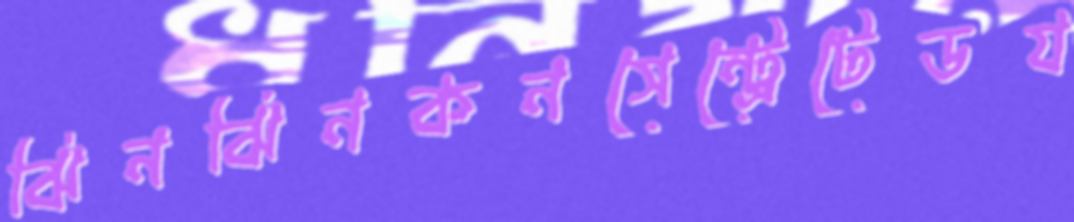
ঝিনঝিনকনসেন্ট্রেটেডয